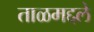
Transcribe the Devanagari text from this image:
ताळमद्दले